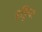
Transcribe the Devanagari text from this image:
हड्डिया